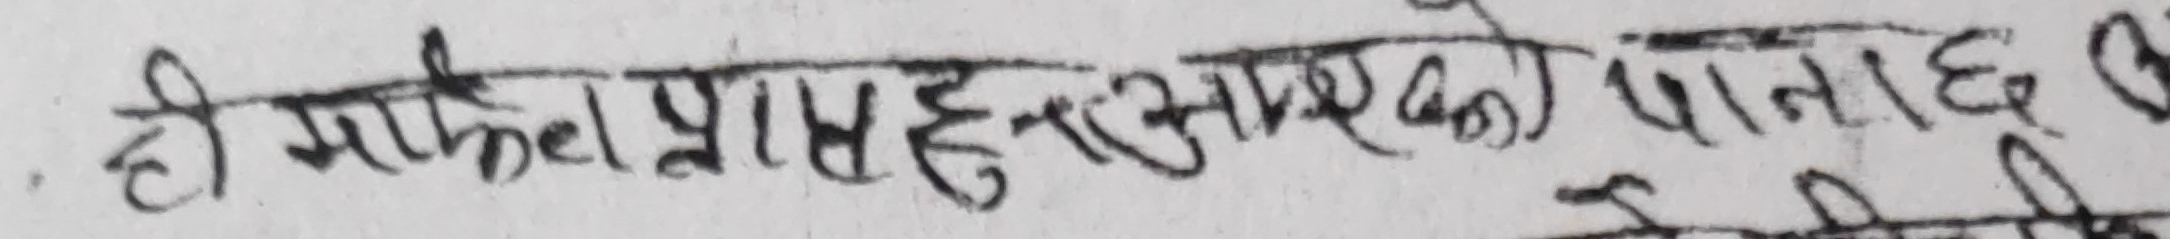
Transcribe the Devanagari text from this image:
ही मार्फत प्राप्त हरु साथको पानाछ ।